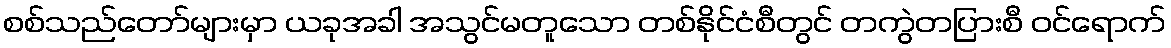
စစ်သည်တော်များမှာ ယခုအခါ အသွင်မတူသော တစ်နိုင်ငံစီတွင် တကွဲတပြားစီ ဝင်ရောက်